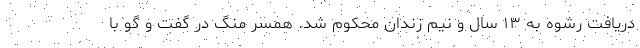
دریافت رشوه به ۱۳ سال و نیم زندان محکوم شد. همسر منگ در گفت و گو با